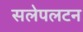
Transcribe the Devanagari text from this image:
सलेपलटन